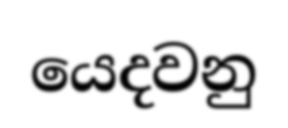
යෙදවනු